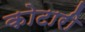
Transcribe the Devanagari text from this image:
कोटारी